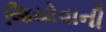
જિયોવાની